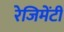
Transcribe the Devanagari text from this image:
रेजिमेंटी